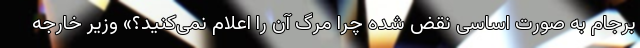
برجام به صورت اساسی نقض شده چرا مرگ آن را اعلام نمی‌کنید؟» وزیر خارجه